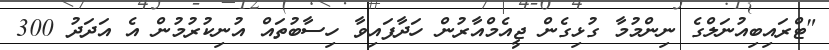
"ޓްރައިބިއުނަލްގެ ނިންމުމާ ގުޅިގެން ޖީއެމްއާރުން ހަދާފައިވާ ހިސާބުތައް އުނިކުރުމުން އެ އަދަދު 300